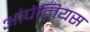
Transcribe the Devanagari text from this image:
ओपेलियस